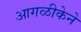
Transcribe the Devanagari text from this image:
आगळीकेने